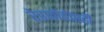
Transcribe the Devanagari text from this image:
रेडफोर्डचाही